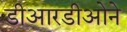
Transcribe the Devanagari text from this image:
डीआरडीओने